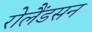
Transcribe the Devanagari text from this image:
रोलैंडसन